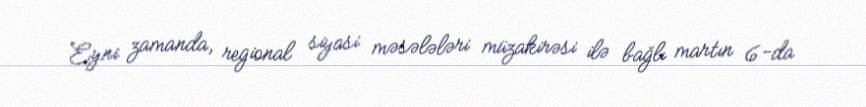
Eyni zamanda, regional siyasi məsələləri müzakirəsi ilə bağlı martın 6-da